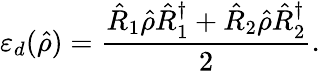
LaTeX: \varepsilon_{d}(\hat{\rho})=\frac{\hat{R}_{1}\hat{\rho}\hat{R}_{1}^{\dagger}+\hat{R}_{2}\hat{\rho}\hat{R}_{2}^{\dagger}}{2}.